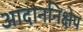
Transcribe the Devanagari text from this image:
आदाननिक्षेप